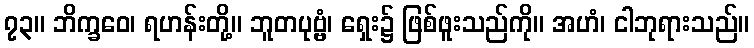
၇၃။ ဘိက္ခဝေ၊ ရဟန်းတို့။ ဘူတပုဗ္ဗံ၊ ရှေး၌ ဖြစ်ဖူးသည်ကို။ အဟံ၊ ငါဘုရားသည်။